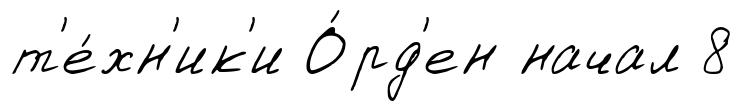
т'е́хн'ик'и О́рд'ен начал 8